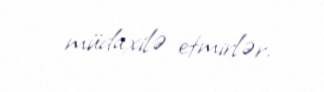
müdaxilə etmirlər.